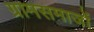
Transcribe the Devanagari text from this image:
ग्रामसमाजों